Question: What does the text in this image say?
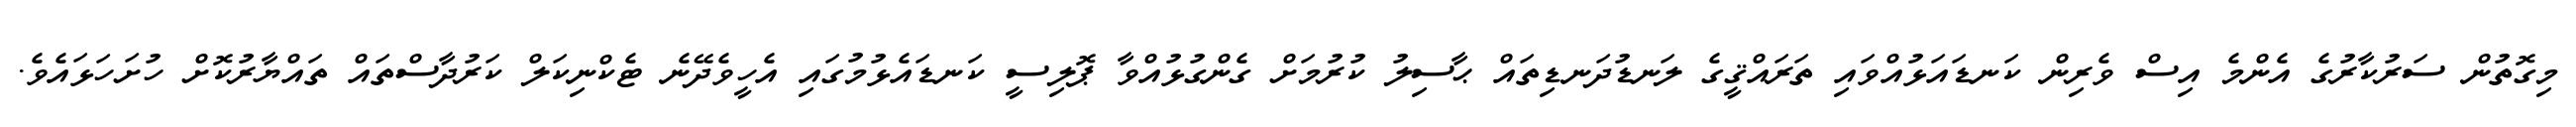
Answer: މިގޮތުން ސަރުކާރުގެ އެންމެ އިސް ވެރިން ކަނޑައަޅުއްވައި ތަރައްޤީގެ ލަނޑުދަނޑިތައް ޙާސިލު ކުރުމަށް ގެންގުޅުއްވާ ޕޮލިސީ ކަނޑައެޅުމުގައި އެހީވެދޭނެ ޓެކްނިކަލް ކަރުދާސްތައް ތައްޔާރުކޮށް ހުށަހަޅައެވެ.